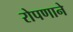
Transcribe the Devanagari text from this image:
रोपणाने